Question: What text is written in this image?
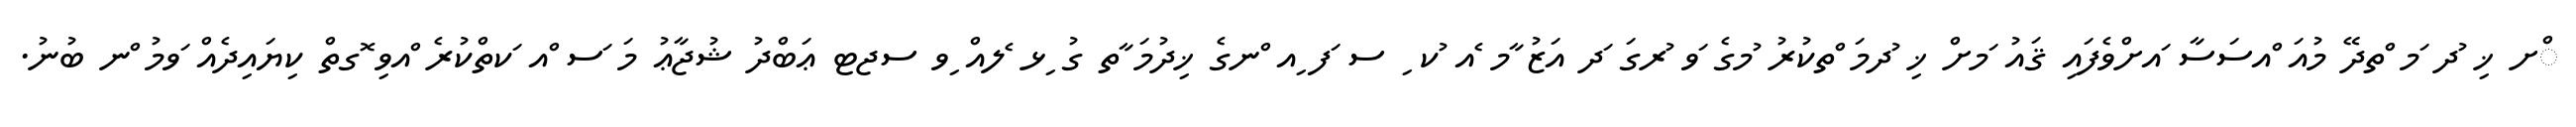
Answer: ްށ ޚި ުދ ަމ ްތދޭ މުއަ ްއސަސާ ައށްވެފައި ޤައު ަމށް ޚި ުދމަ ްތކުރު ުމގެ ަވ ުރގަ ަދ އަޒު ާމ ެއ ުކ ި ސ ަފ ިއ ްނގެ ޚިދުމަ ާތ ގު ިޅ ެލއް ިވ ސޖޓ ޢަބްދު ޝުޖާޢު މަ ަސ ްއ ަކތްކުރެ ްއވި ޮގތް ކިޔައިދެއް ަވމު ްނ ބުނު.